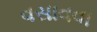
વસાવવા